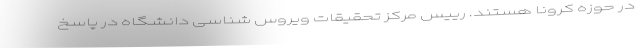
در حوزه کرونا هستند. رییس مرکز تحقیقات ویروس شناسی دانشگاه در پاسخ